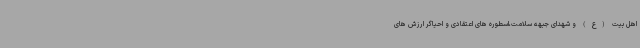
اهل بیت (ع) و شهدای جبهه سلامت،اسطوره های اعتقادی و احیاگر ارزش های